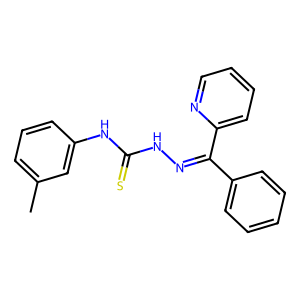
SMILES: Cc1cccc(NC(=S)NN=C(c2ccccc2)c2ccccn2)c1
Inhibits HIV replication: No